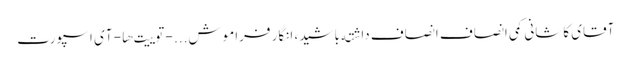
آقای کاشانی کمی انصاف انصاف داشته باشید، انگار فراموش... - توییت‌ها - آی اسپورت